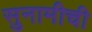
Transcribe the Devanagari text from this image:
सुनामीची